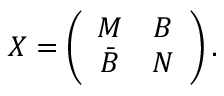
X = \left( \begin{array} { c c } { { M } } & { { B } } \\ { { \bar { B } } } & { { N } } \end{array} \right) .